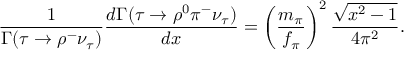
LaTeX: { \frac { 1 } { \Gamma ( \tau \rightarrow \rho ^ { - } \nu _ { \tau } ) } } { \frac { d \Gamma ( \tau \rightarrow \rho ^ { 0 } \pi ^ { - } \nu _ { \tau } ) } { d x } } = \left( { \frac { m _ { \pi } } { f _ { \pi } } } \right) ^ { 2 } { \frac { \sqrt { x ^ { 2 } - 1 } } { 4 \pi ^ { 2 } } } .